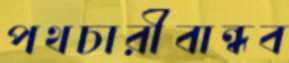
পথচারীবান্ধব